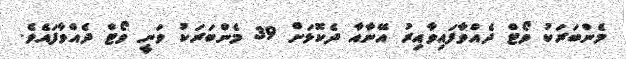
މެންބަރަކު ވޯޓް ދެއްވާފައިވާއިރު އޭނާއާ ދެކޮޅަށް 39 މެންބަރަކު ވަނީ ވޯޓް ދެއްވާފައެވެ.